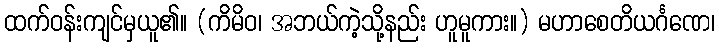
ထက်ဝန်းကျင်မှယူ၏။ (ကိမိဝ၊ အဘယ်ကဲ့သို့နည်း ဟူမူကား။) မဟာစေတိယင်္ဂဏေ၊